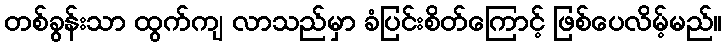
တစ်ခွန်းသာ ထွက်ကျ လာသည်မှာ ခံပြင်းစိတ်ကြောင့် ဖြစ်ပေလိမ့်မည်။